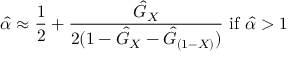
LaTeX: { \hat { \alpha } } \approx { \frac { 1 } { 2 } } + { \frac { { \hat { G } } _ { X } } { 2 ( 1 - { \hat { G } } _ { X } - { \hat { G } } _ { ( 1 - X ) } ) } } { \mathrm { ~ i f ~ } } { \hat { \alpha } } > 1